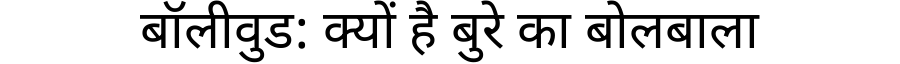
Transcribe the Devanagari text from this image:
बॉलीवुड: क्यों है बुरे का बोलबाला